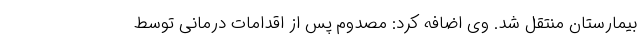
بیمارستان منتقل شد. وی اضافه کرد: مصدوم پس از اقدامات درمانی توسط